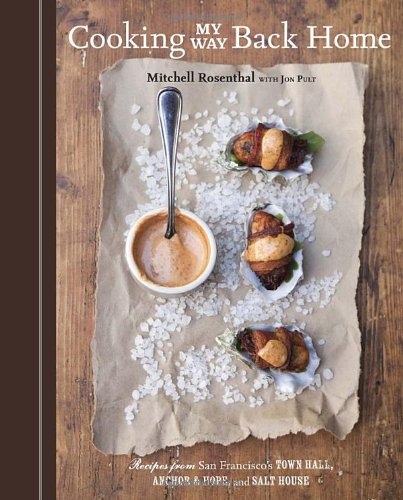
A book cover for Cooking My Way Back Home: Recipes from San Francisco's Town Hall, Anchor & Hope, and Salt House; Mitchell Rosenthal; Cookbooks, Food & Wine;